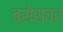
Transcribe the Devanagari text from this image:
बसेसवर